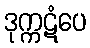
ဒုက္ကဋံပေ